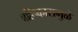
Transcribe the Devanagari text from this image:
बहिष्कारामुळे